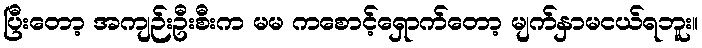
ပြီးတော့ အကျဉ်းဦးစီးက မမ ကစောင့်ရှောက်တော့ မျက်နှာမငယ်ရဘူး။